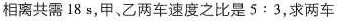
相离共需18s，甲、乙两车速度之比是5:3，求两车